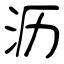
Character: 沥